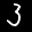
Label: 3